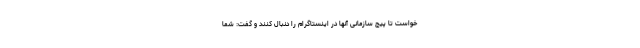
خواست تا پیج سازمانی آنها در اینستاگرام را دنبال کنند و گفت: شما